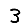
Digit: 3